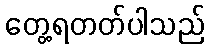
တွေ့ရတတ်ပါသည်